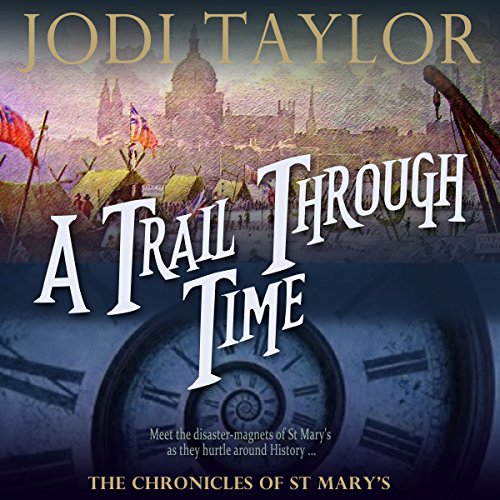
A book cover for A Trail Through Time: The Chronicles of St. Mary's, Book 4; Jodi Taylor; Science Fiction & Fantasy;